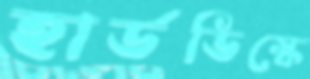
হার্ডডিস্কে